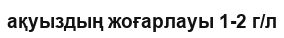
ақуыздың жоғарлауы 1-2 г/л